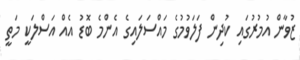
ޒުވާން އުމުރުގައި ކުދިން ފަލަވުމުގެ މައްސަލައިގެ އެންމެ ބޮޑު އެއް އަސްލަކީ މަތީ